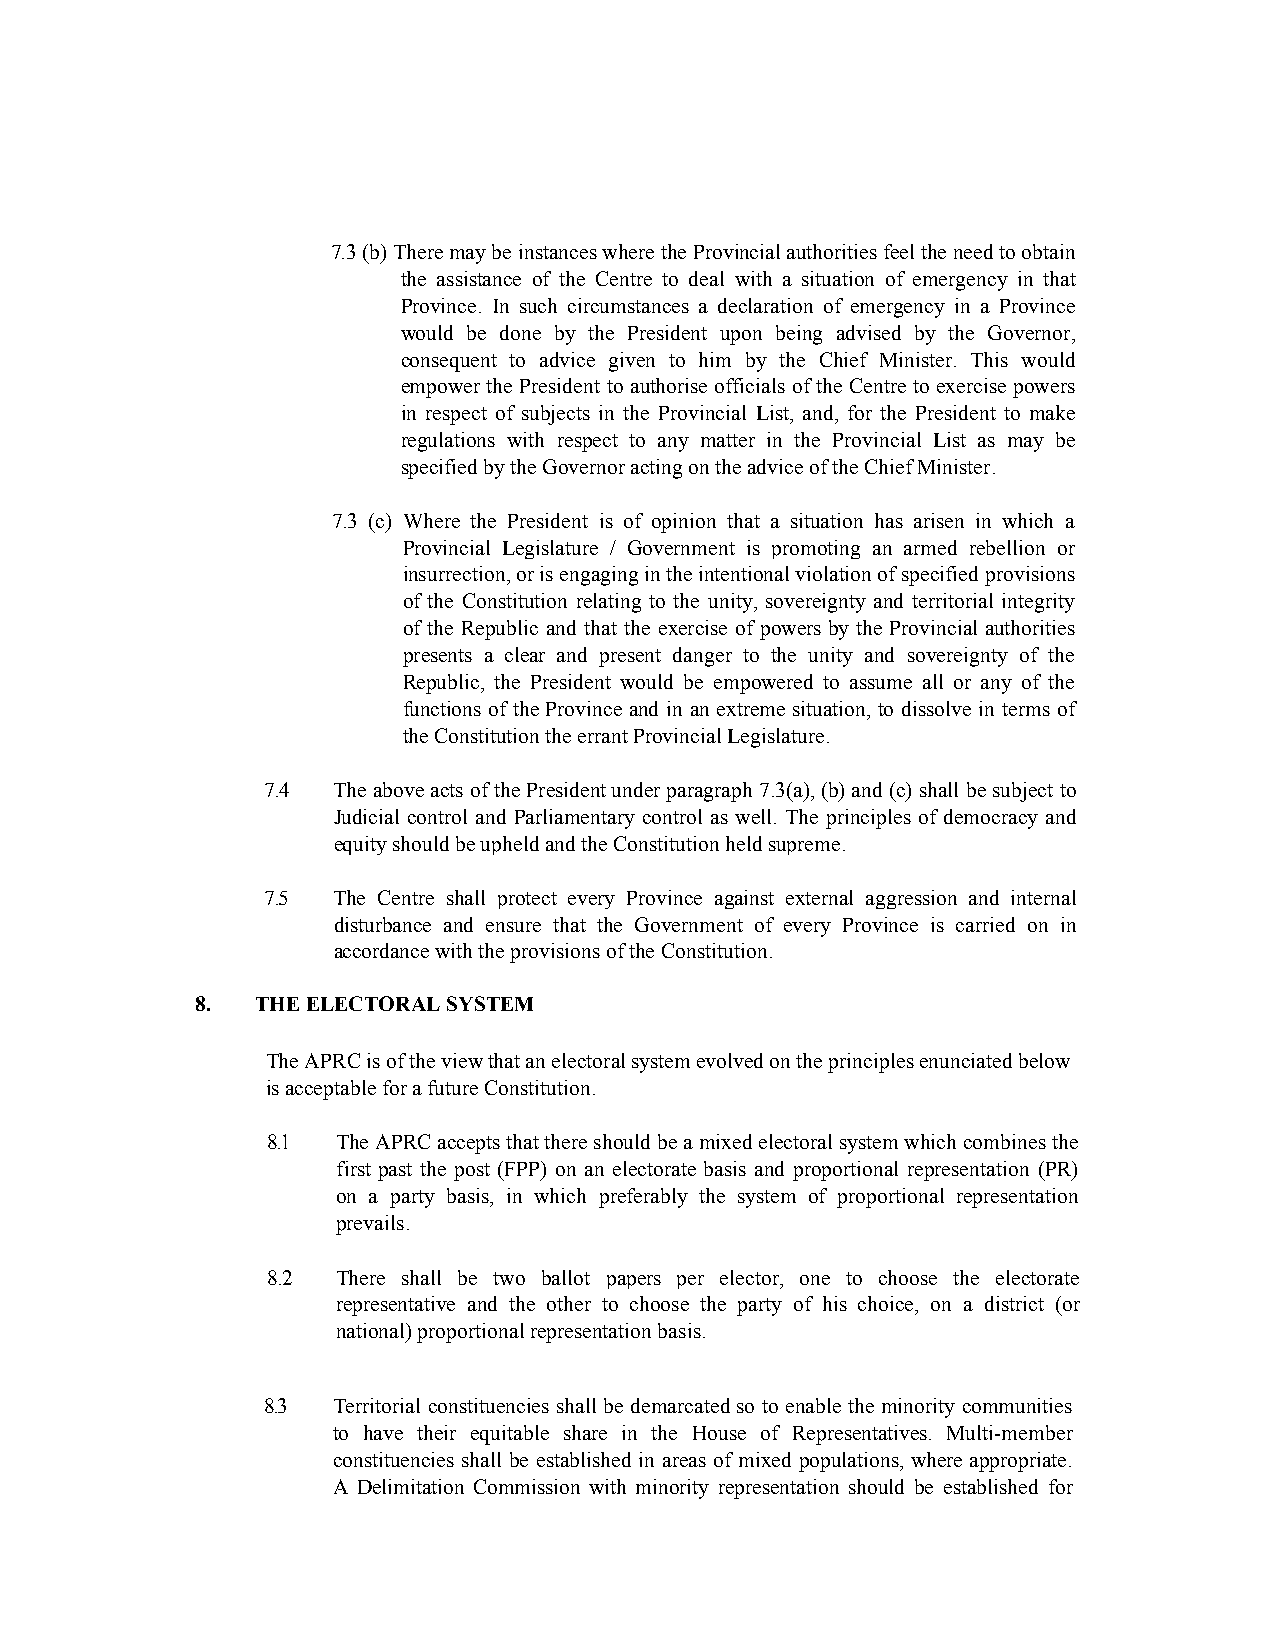
7.3 (b) There may be instances where the Provincial authorities feel the need to obtain
 the assistance of the Centre to deal with a situation of emergency in that
 Province. In such circumstances a declaration of emergency in a Province
 would be done by the President upon being advised by the Governor,
 consequent to advice given to him by the Chief Minister. This would
 empower the President to authorise officials of the Centre to exercise powers
 in respect of subjects in the Provincial List, and, for the President to make
 regulations with respect to any matter in the Provincial List as may be
 specified by the Governor acting on the advice of the Chief Minister.
 7.3 (c) Where the President is of opinion that a situation has arisen in which a
 Provincial Legislature / Government is promoting an armed rebellion or
 insurrection, or is engaging in the intentional violation of specified provisions
 of the Constitution relating to the unity, sovereignty and territorial integrity
 of the Republic and that the exercise of powers by the Provincial authorities
 presents a clear and present danger to the unity and sovereignty of the
 Republic, the President would be empowered to assume all or any of the
 functions of the Province and in an extreme situation, to dissolve in terms of
 the Constitution the errant Provincial Legislature.
 7.4  The above acts of the President under paragraph 7.3(a), (b) and (c) shall be subject to
 Judicial control and Parliamentary control as well. The principles of democracy and
 equity should be upheld and the Constitution held supreme.
 7.5  The Centre shall protect every Province against external aggression and internal
 disturbance and ensure that the Government of every Province is carried on in
 accordance with the provisions of the Constitution.
 8.  THE ELECTORAL SYSTEM
 The APRC is of the view that an electoral system evolved on the principles enunciated below
 is acceptable for a future Constitution.
 8.1 The APRC accepts that there should be a mixed electoral system which combines the
 first past the post (FPP) on an electorate basis and proportional representation (PR)
 on a party basis, in which preferably the system of proportional representation
 prevails.
 8.2 There shall be two ballot papers per elector, one to choose the electorate
 representative and the other to choose the party of his choice, on a district (or
 national) proportional representation basis.
 8.3  Territorial constituencies shall be demarcated so to enable the minority communities
 to have their equitable share in the House of Representatives. Multi-member
 constituencies shall be established in areas of mixed populations, where appropriate.
 A Delimitation Commission with minority representation should be established for